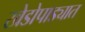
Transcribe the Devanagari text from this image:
खेडोपाड्यात